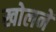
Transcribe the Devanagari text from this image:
खोलनें